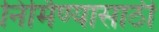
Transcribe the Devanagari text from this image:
निर्मिण्यासाठी